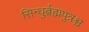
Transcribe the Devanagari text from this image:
सिन्धुर्ब्रह्मपुत्रश्च